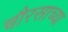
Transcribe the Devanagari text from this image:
चौरसाच्या